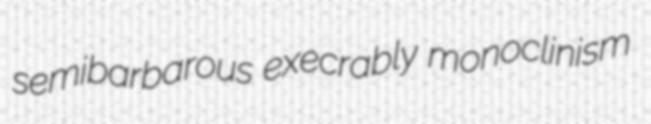
semibarbarous execrably monoclinism